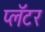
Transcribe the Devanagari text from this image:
प्लॅटर